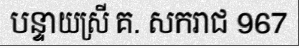
បន្ទាយស្រី គ. សករាជ 967